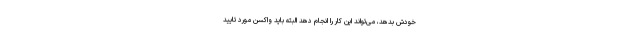
خودش بدهد، می‌تواند این کار را انجام دهد البته باید واکسن مورد تایید